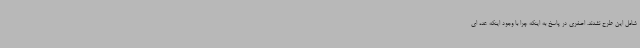
شامل این طرح نشدند. اصغری در پاسخ به اینکه چرا با وجود اینکه عده ای